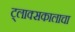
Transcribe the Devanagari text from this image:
ट्लाक्सकालाचा